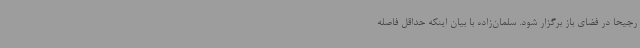
رجیحاً در فضای باز برگزار شود. سلمان‌زاده با بیان اینکه حداقل فاصله